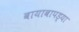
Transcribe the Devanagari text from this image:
बायाबापड्या